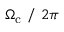
\Omega _ { \mathrm { c } } ~ / ~ 2 \pi